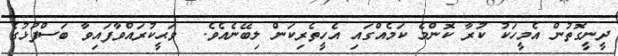
ދީނީގޮތުން އެމީހަކު ކުރާ ކޮންމެ ކަމެއްގައި އެހީތެރިކަން ލިބޭނެއެވެ.  ވަޙީކުރައްވާފައިވާ ބަސްފުޅުގެ